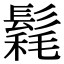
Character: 𩮄